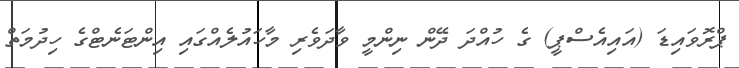
ޕްރޮވައިޑަ (އައިއެސްޕީ) ގެ ހުއްދަ ދޭން ނިންމީ ވާދަވެރި މާހައުލެއްގައި އިންޓަނެޓްގެ ހިދުމަތް